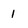
Character: 1